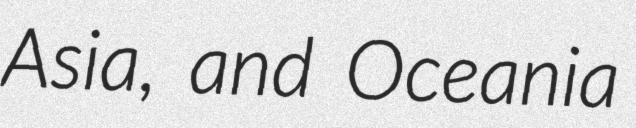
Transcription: Asia, and Oceania